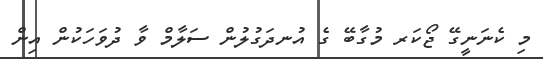
މި ކެނަނީގޭ ޖޯކަރ މުގާބޭ ގެ އުނދަގުލުން ސަލާމް ވާ ދުވަހަކުން އިން